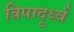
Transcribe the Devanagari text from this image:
त्रिपादूर्ध्व